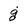
Character: g